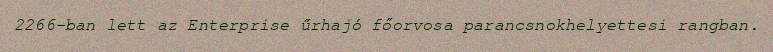
2266-ban lett az Enterprise űrhajó főorvosa parancsnokhelyettesi rangban.